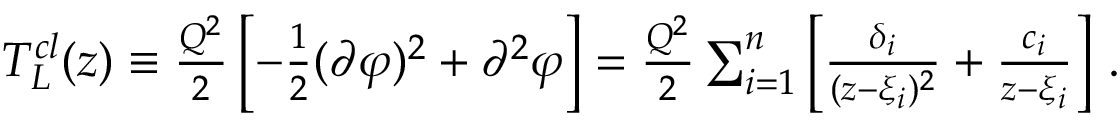
\begin{array} { r } { T _ { L } ^ { c l } ( z ) \equiv { \frac { Q ^ { 2 } } { 2 } } \left[ - { \frac { 1 } { 2 } } ( \partial \varphi ) ^ { 2 } + \partial ^ { 2 } \varphi \right] = { \frac { Q ^ { 2 } } { 2 } } \sum _ { i = 1 } ^ { n } \left[ { \frac { \delta _ { i } } { ( z - \xi _ { i } ) ^ { 2 } } } + { \frac { c _ { i } } { z - \xi _ { i } } } \right] \, . } \end{array}